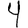
Digit: 4